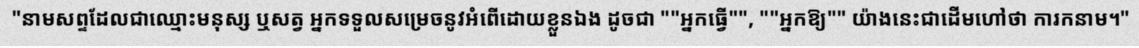
នាមសព្ទដែលជាឈ្មោះមនុស្ស ឬសត្វ អ្នកទទួលសម្រេចនូវអំពើដោយខ្លួនឯង ដូចជា "អ្នកធ្វើ", "អ្នកឱ្យ" យ៉ាងនេះជាដើមហៅថា ការកនាម។